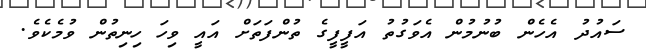
ސައުދު އެހެން ބުނުމުން އެވަގުތު އަފީފީގެ ތުންފަތަށް އައީ ވިހަ ހިނިތުން ވުމެކެވެ.